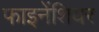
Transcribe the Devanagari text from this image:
फाइनेंशियर